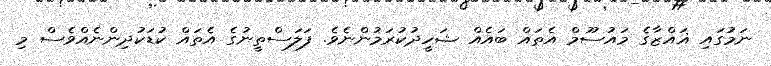
ނަމުގައި ޣައްޒާގެ މައުސޫމް އެތައް ބައެއް ޝަހީދުކުރަމުންނެވެ. ފަލަސްތީނުގެ އެތައް ކުޑަކުދިންނެއްވެސް މި